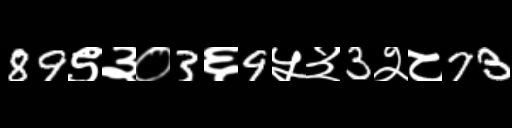
Text: 89९३०3६9५३3२८73